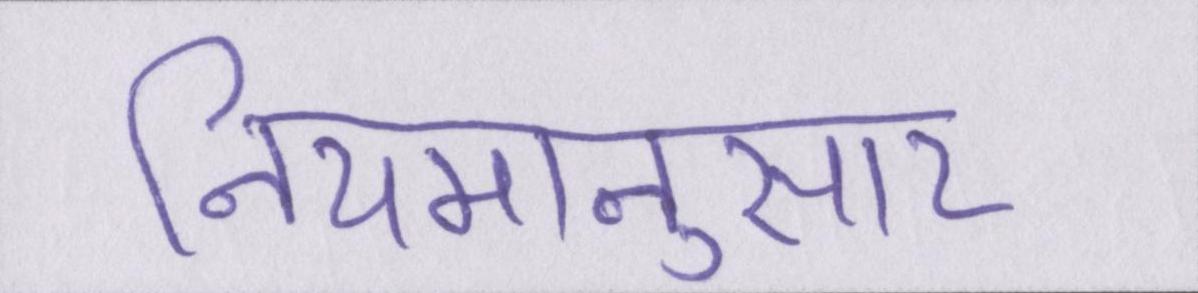
नियमानुसार